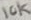
Text: 10K